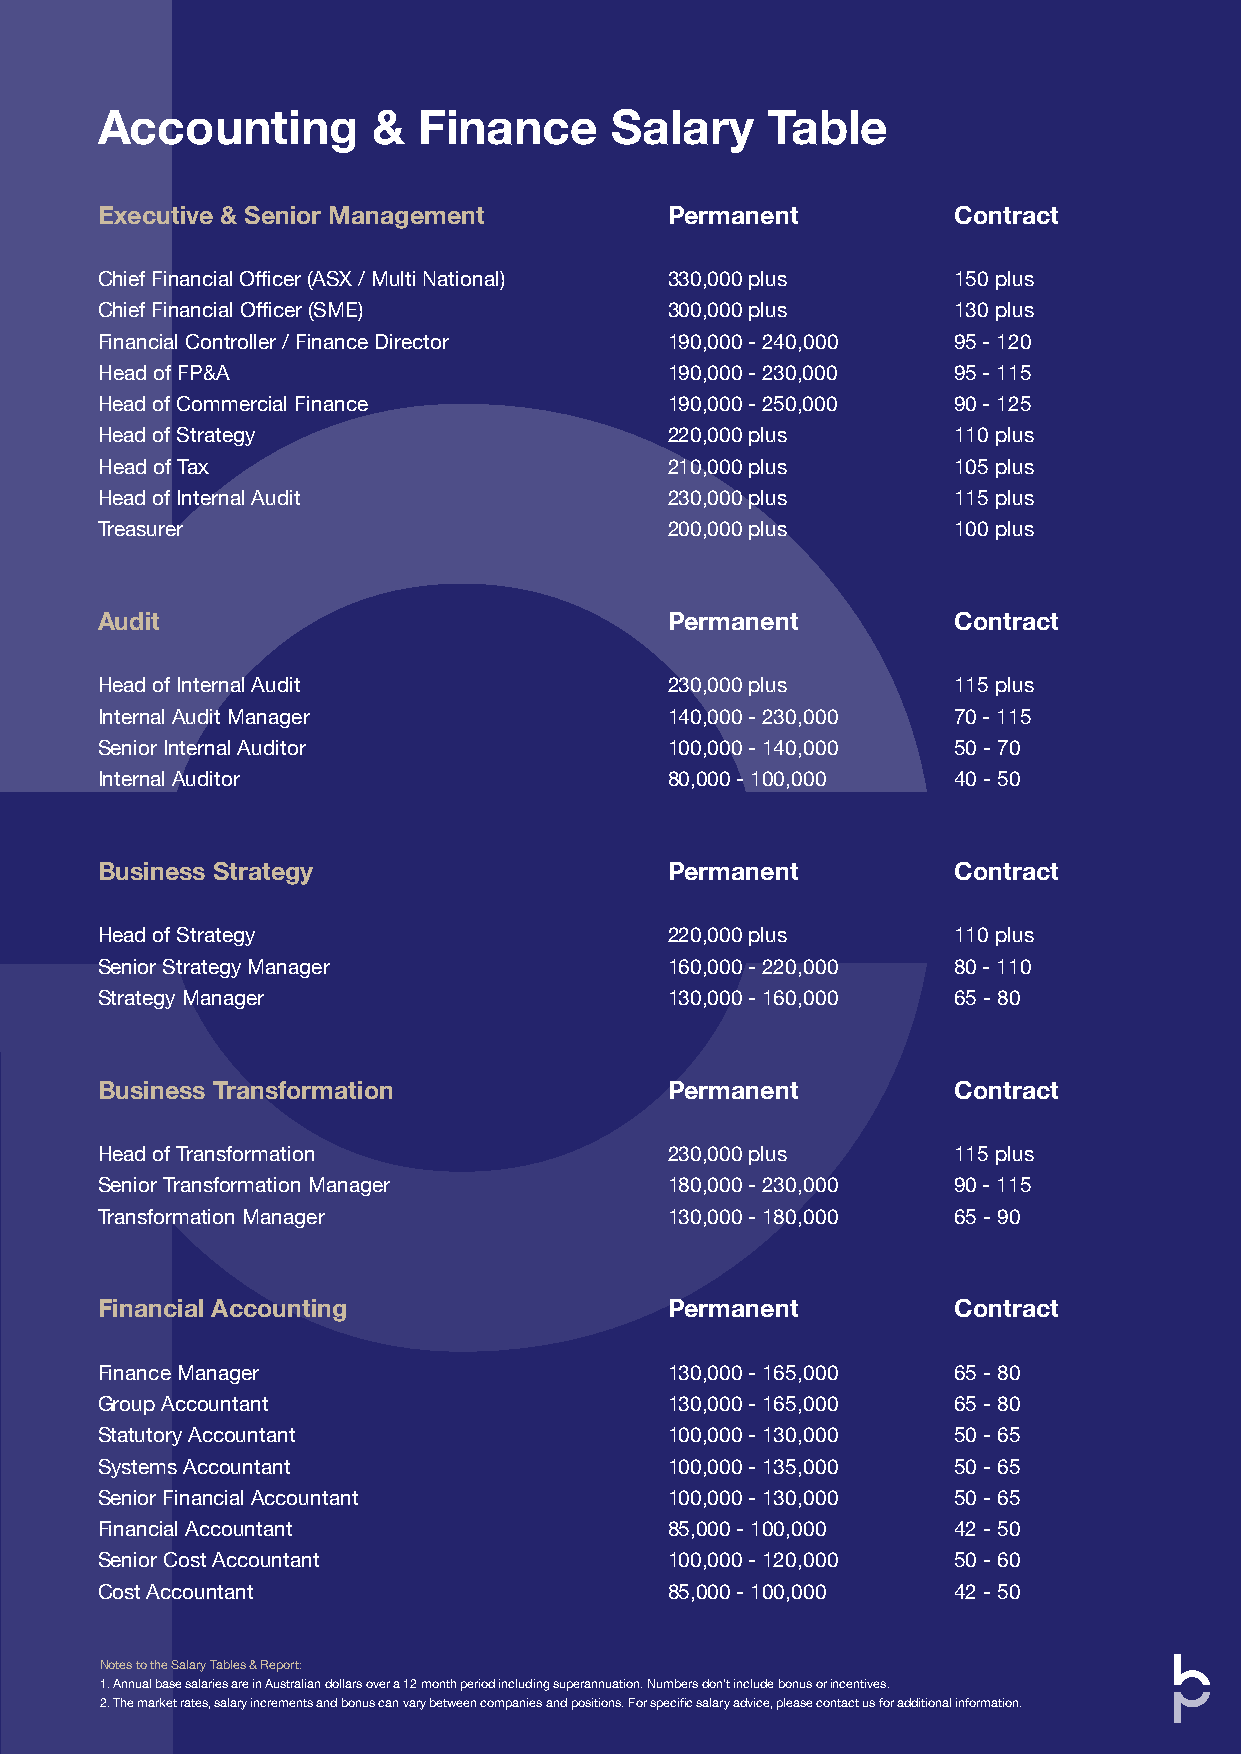
Accounting         &  Finance     Salary     Table
 Executive & Senior Management         Permanent          Contract
 Chief Financial Officer (ASX / Multi National) 330,000 plus 150 plus
 Chief Financial Officer (SME)         300,000 plus       130 plus
 Financial Controller / Finance Director 190,000 - 240,000 95 - 120
 Head of FP&A                          190,000 - 230,000  95 - 115
 Head of Commercial Finance            190,000 - 250,000  90 - 125
 Head of Strategy                      220,000 plus       110 plus
 Head of Tax                           210,000 plus       105 plus
 Head of Internal Audit                230,000 plus       115 plus
 Treasurer                             200,000 plus       100 plus
 Audit                                 Permanent          Contract
 Head of Internal Audit                230,000 plus       115 plus
 Internal Audit Manager                140,000 - 230,000  70 - 115
 Senior Internal Auditor               100,000 - 140,000  50 - 70
 Internal Auditor                      80,000 - 100,000   40 - 50
 Business Strategy                     Permanent          Contract
 Head of Strategy                      220,000 plus       110 plus
 Senior Strategy Manager               160,000 - 220,000  80 - 110
 Strategy Manager                      130,000 - 160,000  65 - 80
 Business Transformation               Permanent          Contract
 Head of Transformation                230,000 plus       115 plus
 Senior Transformation Manager         180,000 - 230,000  90 - 115
 Transformation Manager                130,000 - 180,000  65 - 90
 Financial Accounting                  Permanent          Contract
 Finance Manager                       130,000 - 165,000  65 - 80
 Group Accountant                      130,000 - 165,000  65 - 80
 Statutory Accountant                  100,000 - 130,000  50 - 65
 Systems Accountant                    100,000 - 135,000  50 - 65
 Senior Financial Accountant           100,000 - 130,000  50 - 65
 Financial Accountant                  85,000 - 100,000   42 - 50
 Senior Cost Accountant                100,000 - 120,000  50 - 60
 Cost Accountant                       85,000 - 100,000   42 - 50
 Notes to the Salary Tables & Report:
 1. Annual base salaries are in Australian dollars over a 12 month period including superannuation. Numbers don’t include bonus or incentives.
 2. The market rates, salary increments and bonus can vary between companies and positions. For specific salary advice, please contact us for additional information.